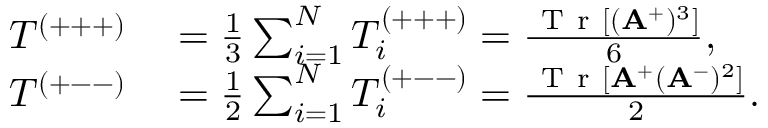
\begin{array} { r l } { T ^ { ( + + + ) } } & { { } = \frac { 1 } { 3 } \sum _ { i = 1 } ^ { N } T _ { i } ^ { ( + + + ) } = \frac { \mathrm { ~ T ~ r ~ } [ ( \mathbf { A } ^ { + } ) ^ { 3 } ] } { 6 } , } \\ { T ^ { ( + -- ) } } & { { } = \frac { 1 } { 2 } \sum _ { i = 1 } ^ { N } T _ { i } ^ { ( + -- ) } = \frac { \mathrm { ~ T ~ r ~ } [ \mathbf { A } ^ { + } ( \mathbf { A } ^ { - } ) ^ { 2 } ] } { 2 } . } \end{array}